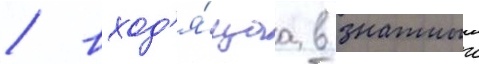
/ вход'я́щаа в знатныи